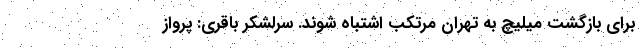
برای بازگشت میلیچ به تهران مرتکب اشتباه شوند. سرلشکر باقری: پرواز